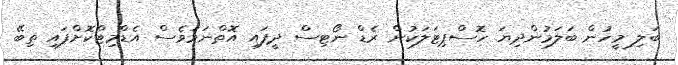
ބަލި މީހުން ބަލަމުންދިޔަ ހޮސްޕިޓަލަކުން ރެޑް ނޯޓިސް ދީފައި އޮތްނަމަވެސް އެޑްމިޓްކޮށްފައި ތިބޭ